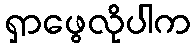
ရှာဖွေလိုပါက